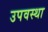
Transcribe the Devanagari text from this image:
उपवस्था